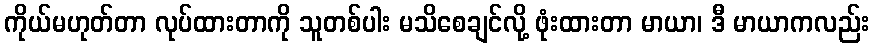
ကိုယ်မဟုတ်တာ လုပ်ထားတာကို သူတစ်ပါး မသိစေချင်လို့ ဖုံးထားတာ မာယာ၊ ဒီ မာယာကလည်း